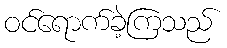
ဝင်ရောက်ခဲ့ကြသည်